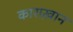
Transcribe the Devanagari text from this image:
काराख़ान